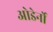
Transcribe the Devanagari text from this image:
ओडेर्नो